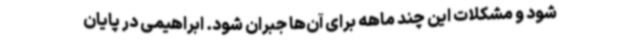
شود و مشکلات این چند ماهه برای آن‌ها جبران شود. ابراهیمی در پایان